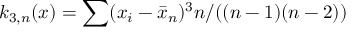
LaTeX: k _ { 3 , n } ( x ) = \sum ( x _ { i } - { \bar { x } } _ { n } ) ^ { 3 } n / ( ( n - 1 ) ( n - 2 ) )